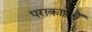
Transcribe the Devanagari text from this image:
पराकाष्ठेचें